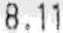
8.11